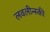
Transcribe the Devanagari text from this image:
लवलीन्स्की